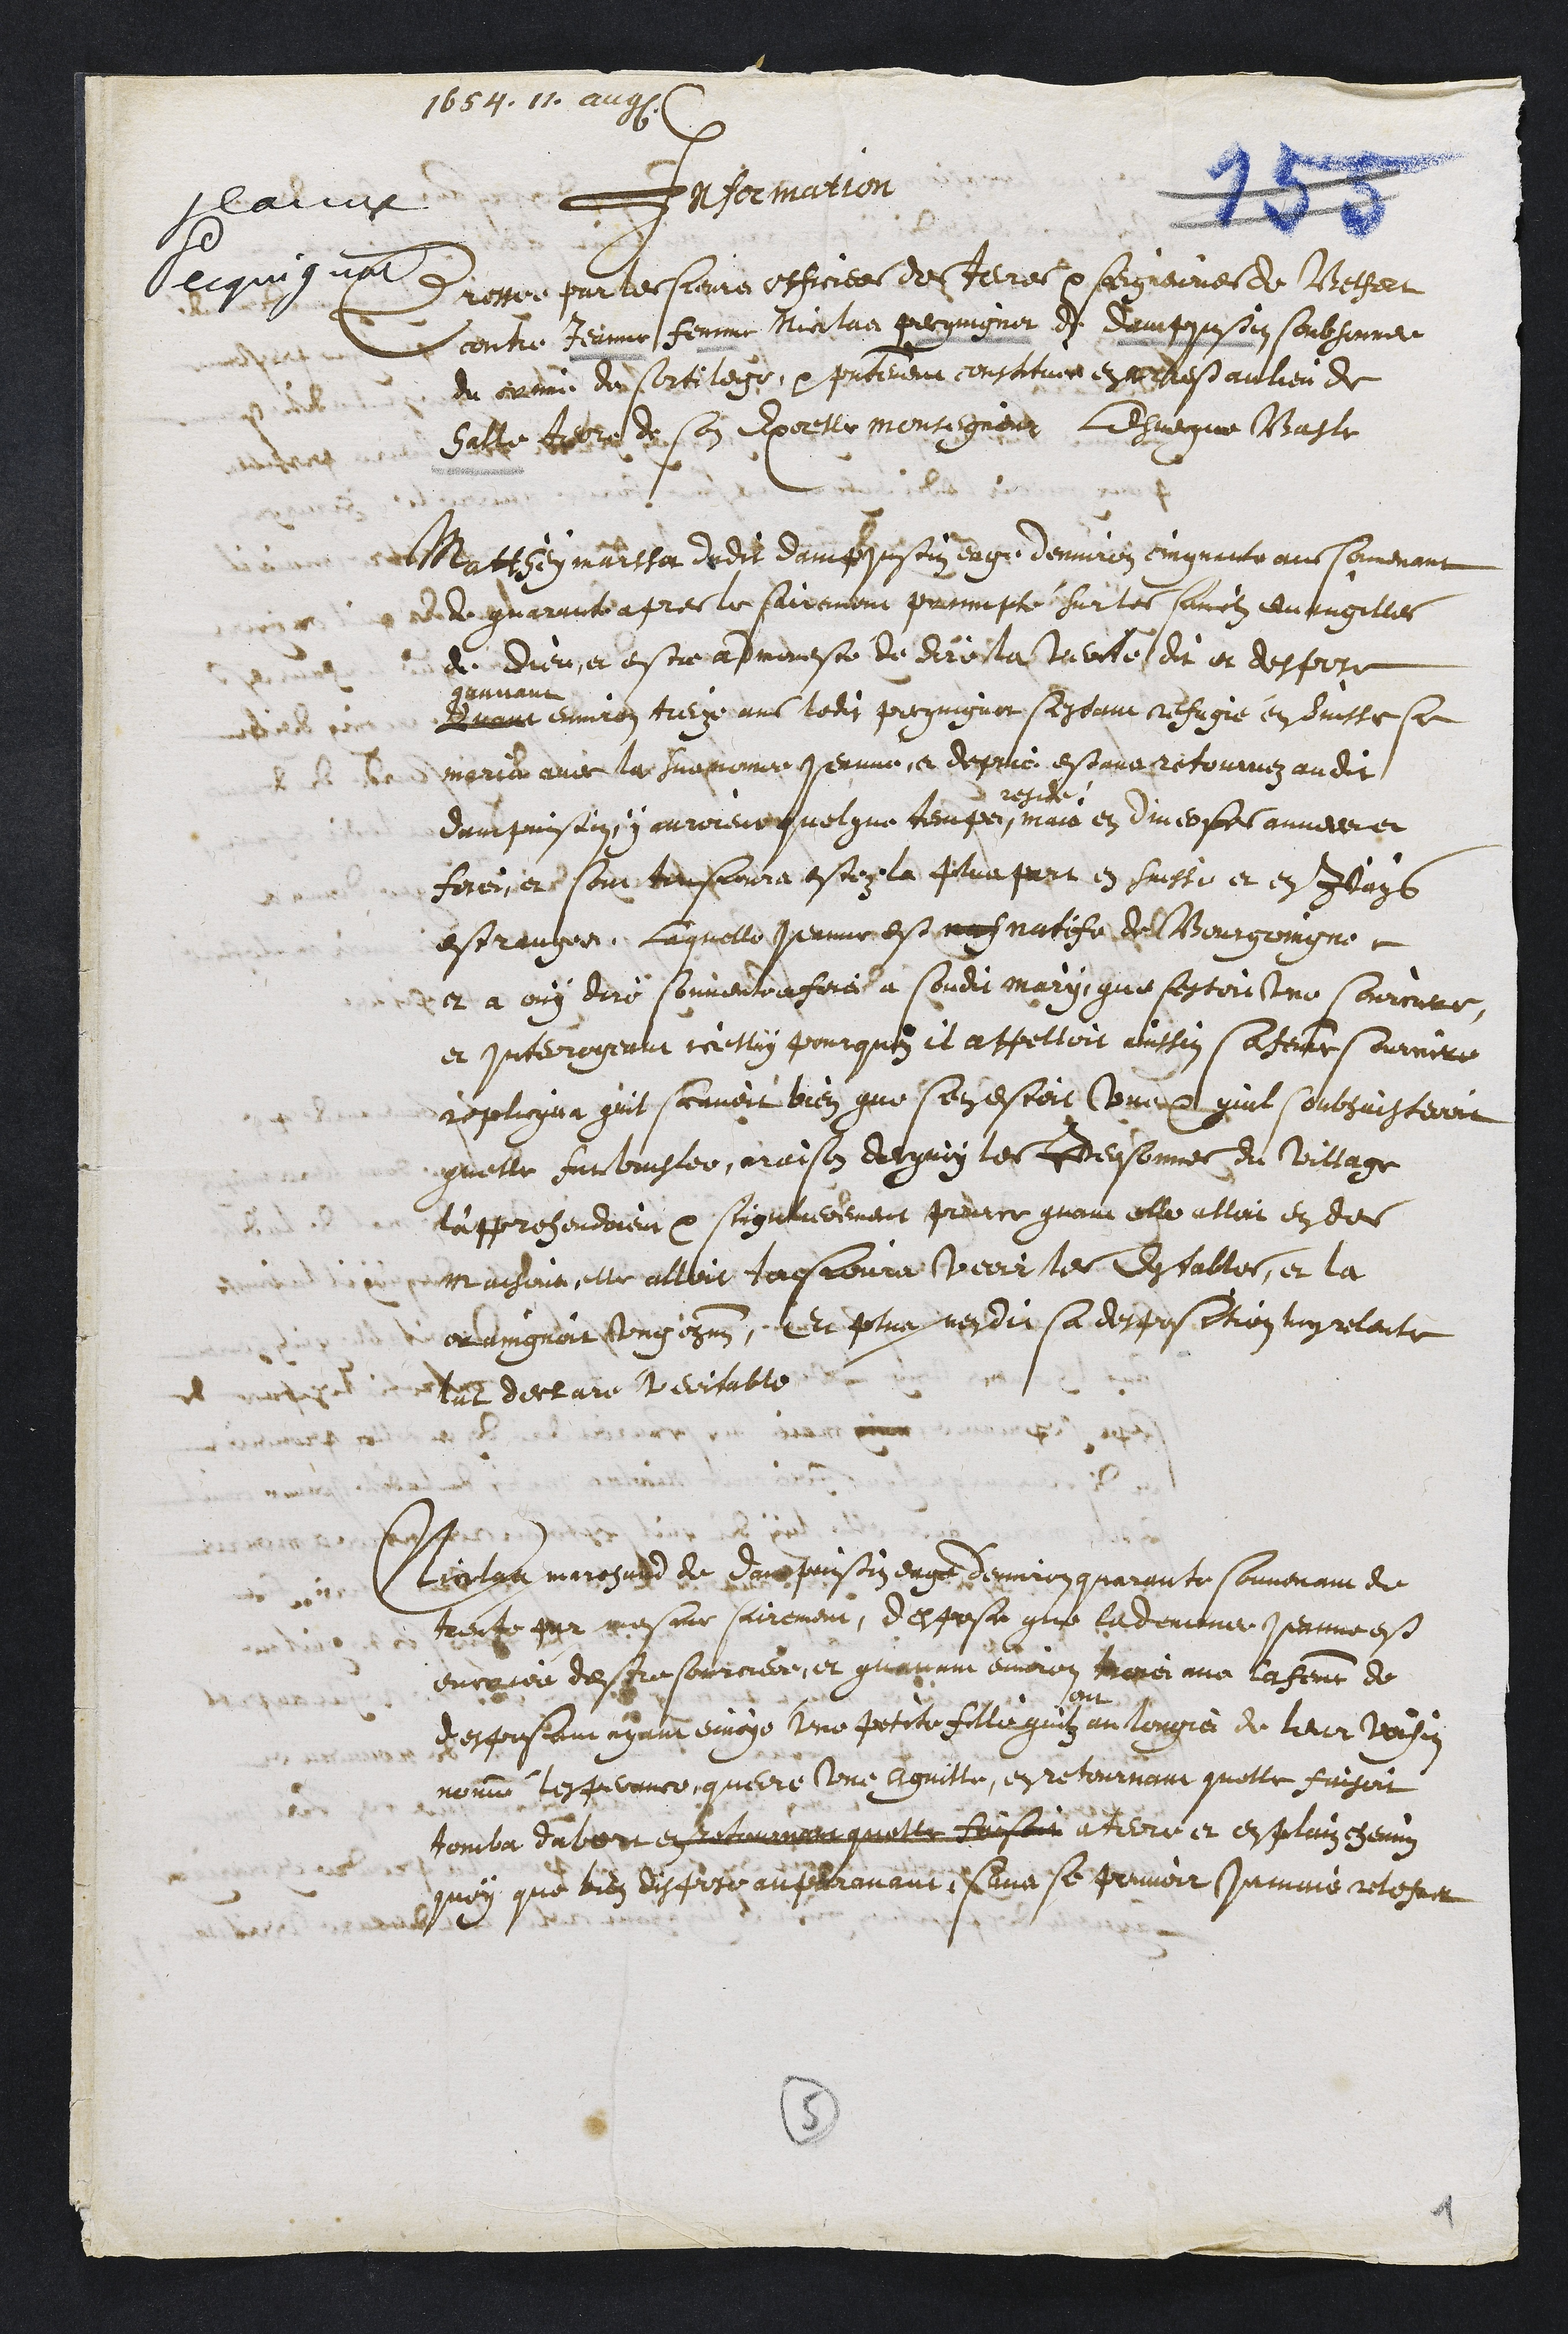
1607.1. .
laiut
Jequig uet
Onformation
te rossere pur le sieurs officier de Jeeres p serguernes de Betferrt
contre Jeanne femme Nieilas perringner de dempjusston sonbsanne
du creine du Ortilege xr presentemeur consoitues en a dest aullieu de
Satte Rierre de Con Eporeler montiegnenr Lad sueque Masle
atteey maithar dedit Damfsustin eage denmiren einquante aue semenant
Dd guaraite apres le sairement prrmpté sur les savélz evungilles
de Dieu, et estre admereste de Diroita juvite dit et despose
diane
gauvant
environ treux ans ledit prequignor sessant refagie en Suiste se
marid avec la suepomer Jernne et depuié estant retounnez audit
Dampuisiin, y ouroieur quelque temps
vreside
mais en divecpesanneere
forer er sont tenseoura estéz la plua part en suiste et en bays
estreuzée. laquelle Jeanne est mas natife de Bourgoingne
et à ouy diré souventreforée à soudit mary, que lestou tue Courcupe
et interrogenut icelluy pourquez il apelloit avissin Caseat Cournere
replicqua quil sonvoit bien que sen estoit une quil soubsuisteroit
quelle eur brislér, araison dequin les Bersonnes du village
lapprehendoient par sigueveeement pource guain elle allai en de
Maisons elle alloit tassjoura verir les destables, et la
ondaingnoir ung eznn, Et plus nesdir sa desposetion maprelaite
tet dectare vdvitable
Mticelaa muresare de Dace puusonz eage denvir quarante souvenain de
trente par mesme sairement, desposa que lademine Jeanne este
encoiée desiesourciere, et guarinin envron moisr ava lafemme de
Resporsamt ayant emoye une petite fille quiz au longié de leur voisin
nomme Jesperance queire une Aguille, exretournant quelle faisoit
tomba dubert este??an?e quelle faisoit dtere et en plain chemin
quoy que bien disfore auperamant Penne se peuvoir Jumine retesur